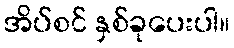
အိပ်စင် နှစ်ခုပေးပါ။